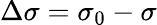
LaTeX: \Delta\sigma=\sigma_{0}-\sigma